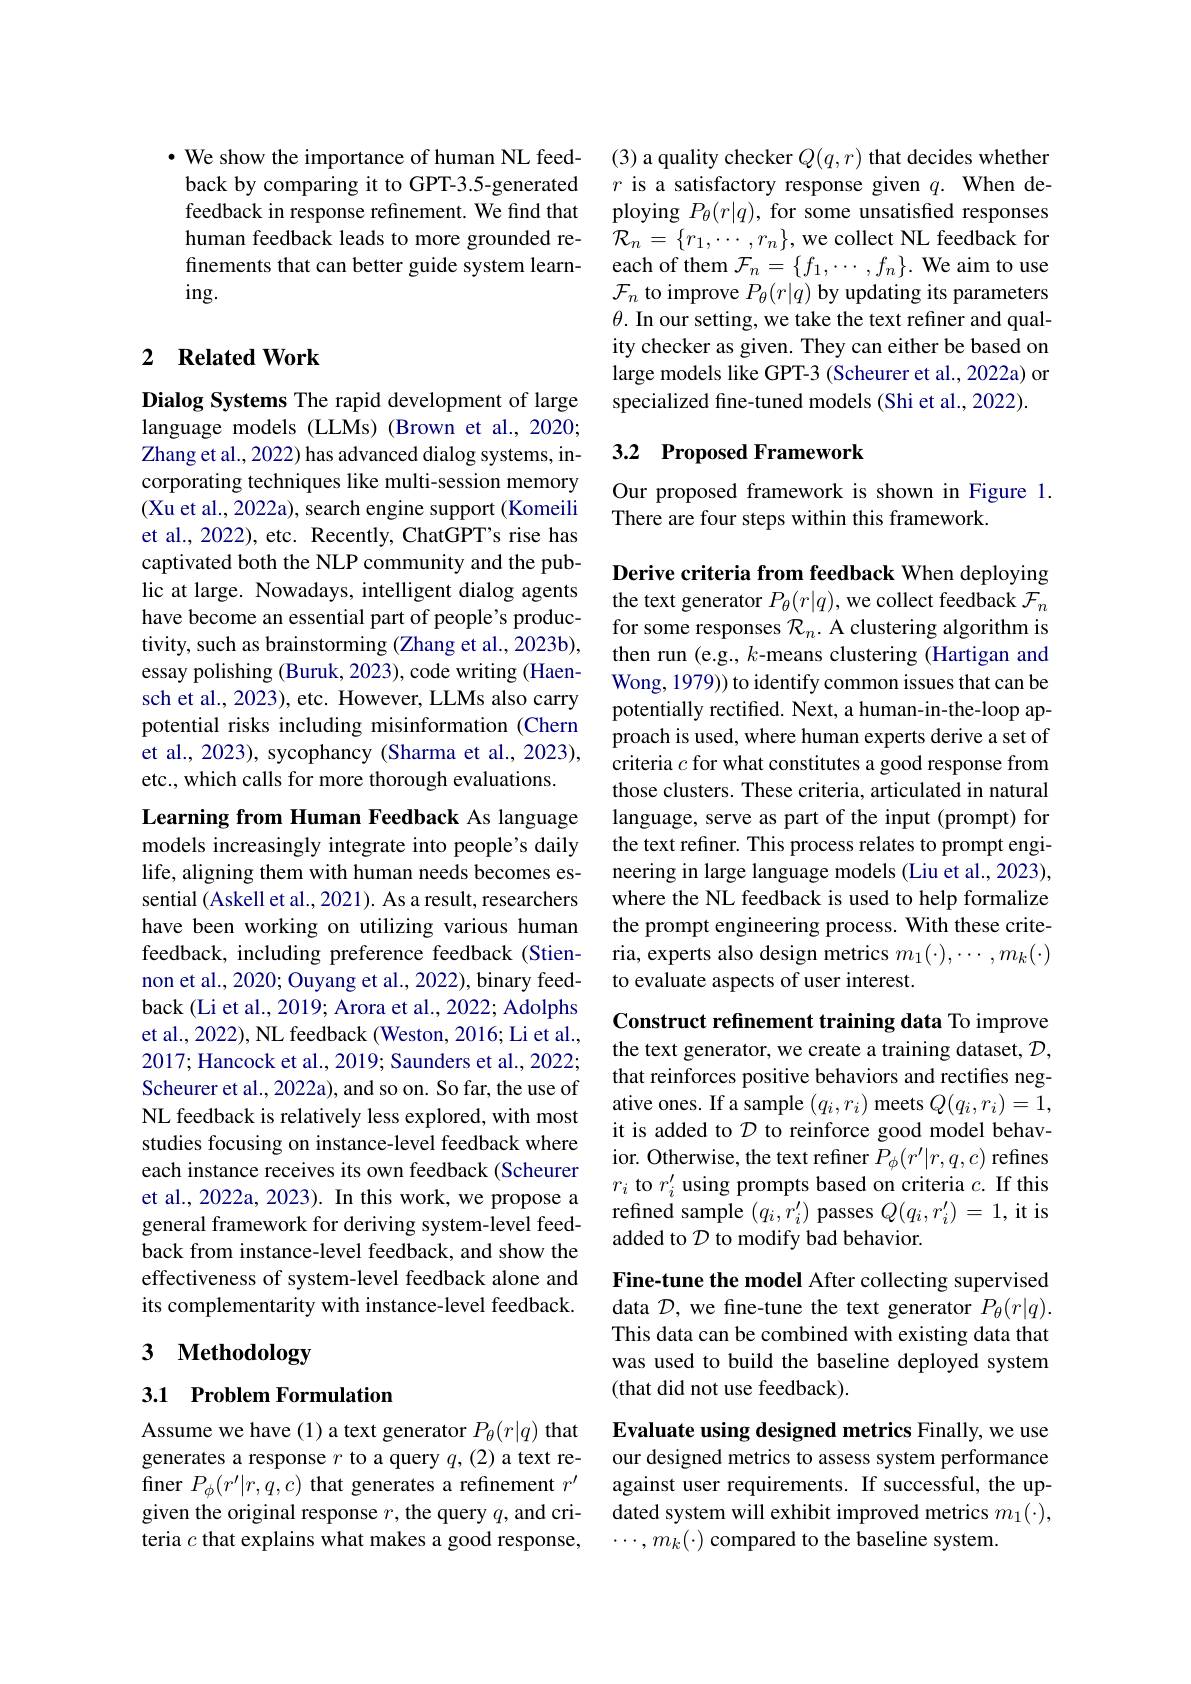
$\cdot$ We show the importance of human NL feedback by comparing it to GPT-3.5-generated feedback in response refinement. We find that human feedback leads to more grounded refinements that can better guide system learn- $ing.$

### 2 $\textbf{Related Work}$

Dialog Systems The rapid development of large language models (LLMs) (Brown et al.,2020; Zhang et al., 2022) has advanced dialog systems, incorporating techniques like multi-session memory (Xu et al., 2022a), search engine support (Komeili et al., 2022), etc. Recently, ChatGPT's rise has captivated both the NLP community and the public at large. Nowadays, intelligent dialog agents have become an essential part of people's productivity, such as brainstorming (Zhang et al., 2023b), essay polishing (Buruk, 2023), code writing (Haensch et al., 2023), etc. However, LLMs also carry potential risks including misinformation (Chern et al., 2023), sycophancy (Sharma et al., 2023), etc., which calls for more thorough evaluations.

Learning from Human Feedback As language

models increasingly integrate into people's daily life, aligning them with human needs becomes essential (Askell et al., 2021). As a result, researchers have been working on utilizing various human feedback, including preference feedback (Stiennon et al., 2020; Ouyang et al., 2022), binary feedback (Li et al., 2019; Arora et al., 2022; Adolphs et al., 2022), NL feedback ( Weston, 2016; Li et al., 2017; Hancock et al., 2019; Saunders et al., 2022; Scheurer et al., 2022a), and so on. So far, the use of NL feedback is relatively less explored, with most studies focusing on instance-level feedback where each instance receives its own feedback (Scheurer et al., 2022a, 2023). In this work, we propose a general framework for deriving system-level feedback from instance-level feedback, and show the effectiveness of system-level feedback alone and its complementarity with instance-level feedback.

# 3 Methodology

## 3.1 Problem Formulation

Assume we have (1) a text generator $P_\theta(r|q)$ that generates a response $r$ to a query $q,(2)$ a text refiner $P_\phi(r^{\prime}|r,q,c)$ that generates a refinement $r^\prime$ given the original response $r$, the query $q$, and criteria $c$ that explains what makes a good response,

(3) a quality checker $Q(q,r)$ that decides whether $r$ is a satisfactory response given $q.$ When deploying $P_\theta(r|q)$, for some unsatisfied responses $\mathcal{R}_{n}=\{r_{1},\cdots,r_{n}\}$,we collect NL feedback for each of them $\mathcal{F}_n=\{f_1,\cdots,f_n\}.$ We aim to use $\mathcal{F}_n$ to improve $P_\theta(r|q)$ by updating its parameters $\theta.$ In our setting, we take the text refiner and quality checker as given. They can either be based on large models like GPT-3 (Scheurer et al., 2022a) or specialized fine-tuned models (Shi et al., 2022).

## 3.2 Proposed Framework

Our proposed framework is shown in Figure 1.
There are four steps within this framework.

Derive criteria from feedback When deploying the text generator $P_\theta(r|q)$, we collect feedback $\mathcal{F}_n$ for some responses $\mathcal{R}_n.$ A clustering algorithm is then run (e.g., $k$-means clustering (Hartigan and Wong, 1979)) to identify common issues that can be potentially rectifed. Next, a human-in-the-loop approach is used, where human experts derive a set of criteria $c$ for what constitutes a good response from those clusters. These criteria, articulated in natural language, serve as part of the input (prompt) for the text refiner. This process relates to prompt engineering in large language models (Liu et al., 2023), where the NL feedback is used to help formalize the prompt engineering process. With these criteria, experts also design metrics $m_1(\cdot),\cdots,m_k(\cdot)$ to evaluate aspects of user interest.

Construct refinement training data To improve

the text generator, we create a training dataset, $\mathcal{D}$, that reinforces positive behaviors and rectifies negative ones. If a sample $(q_i,r_i)$ meets $Q(q_i,r_i)=1$, it is added to $\mathcal{D}$ to reinforce good model behavior. Otherwise, the text refiner $\bar{P}_\phi(r^{\prime}|r,q,c)$ refines $r_i$ to $r_i^\prime$ using prompts based on criteria $c.$ If this refined sample $(q_{i},r_{i}^{\prime})$ passes $Q(q_{i},r_{i}^{\prime})=1$, it is added to $\mathcal{D}$ to modify bad behavior.

Fine-tune the model After collecting supervised data $\mathcal{D}$, we fine-tune the text generator $P_\theta(r|q).$ This data can be combined with existing data that was used to build the baseline deployed system (that did not use feedback).

Evaluate using designed metrics Finally, we use our designed metrics to assess system performance against user requirements. If successful, the updated system will exhibit improved metrics $m_1(\cdot)$, $\cdots,m_k(\cdot)$ compared to the baseline system.